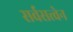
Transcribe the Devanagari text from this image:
सर्वसत्त्वेन